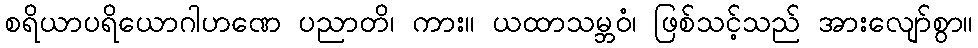
စရိယာပရိယောဂါဟဏေ ပညာတိ၊ ကား။ ယထာသမ္ဘဝံ၊ ဖြစ်သင့်သည် အားလျော်စွာ။